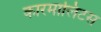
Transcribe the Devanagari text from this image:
कारमालिटस